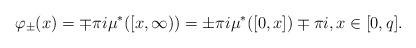
LaTeX: \begin{align*} \varphi_{\pm}(x) & = \mp \pi i \mu^*([x, \infty)) = \pm \pi i \mu^*([0,x]) \mp \pi i,x \in [0,q].\end{align*}